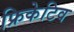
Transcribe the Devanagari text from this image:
फ्रिकेटिव